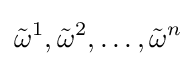
{\tilde {\omega }}^{1},{\tilde {\omega }}^{2},\dots ,{\tilde {\omega }}^{n}